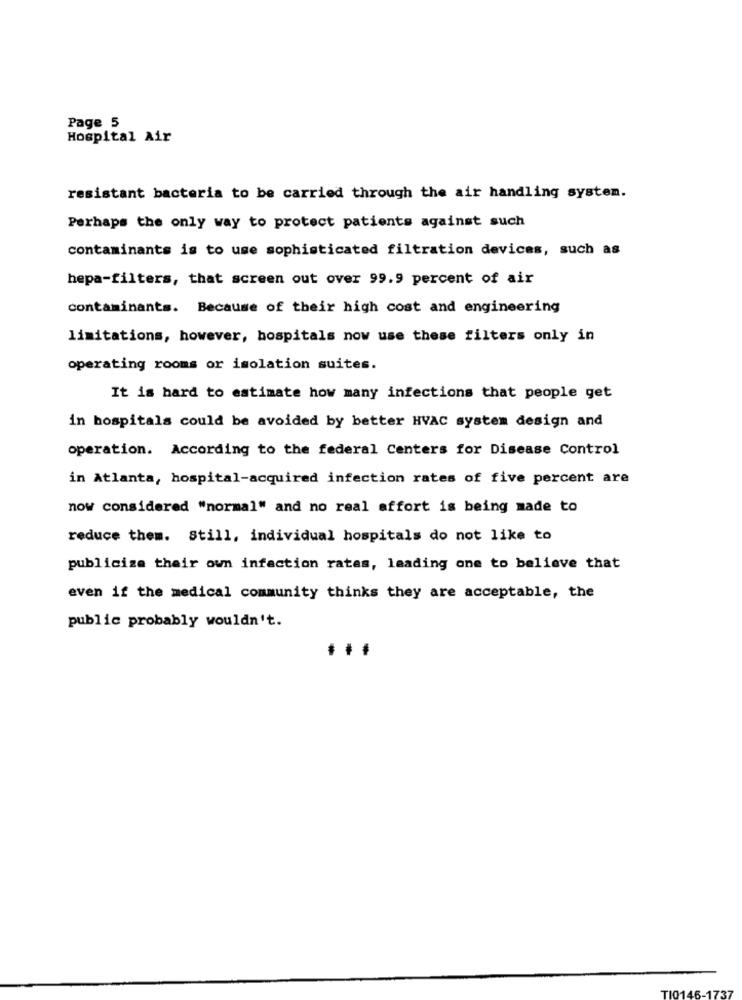
Page 5
Hospital Air
resistant bacteria to be carried through the air handling system.
Perhaps the only way to protect patients against such
contaminants is to use sophisticated filtration devices, such as
hepa-filters, that screen out over 99.9 percent of air
contaminants. Because of their high cost and engineering
limitations, however, hospitals now use these filters only in
operating rooms or isolation suites.
It is hard to estimate how many infections that people get
in hospitals could be avoided by better HVAC system design and
operation. According to the federal Centers for Disease Control
in Atlanta, hospital-acquired infection rates of five percent are
now considered "normal" and no real affort is being made to
reduce them. Still, individual hospitals do not like to
publicize their own infection rates, leading one to believe that
even if the medical community thinks they are acceptable, the
public probably wouldn't.
TIO1